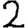
Digit: 2